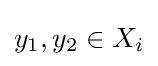
y_{1},y_{2}\in X_{i}